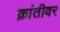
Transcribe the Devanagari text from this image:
क्रांतीवर